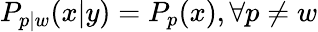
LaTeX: P_{p|w}(x|y)=P_{p}(x),\forall p\neq w